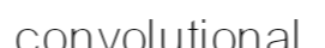
convolutional